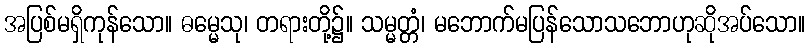
အပြစ်မရှိကုန်သော။ ဓမ္မေသု၊ တရားတို့၌။ သမ္မတ္တံ၊ မဘောက်မပြန်သောသဘောဟုဆိုအပ်သော။